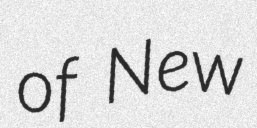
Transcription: of New